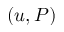
( u , P )